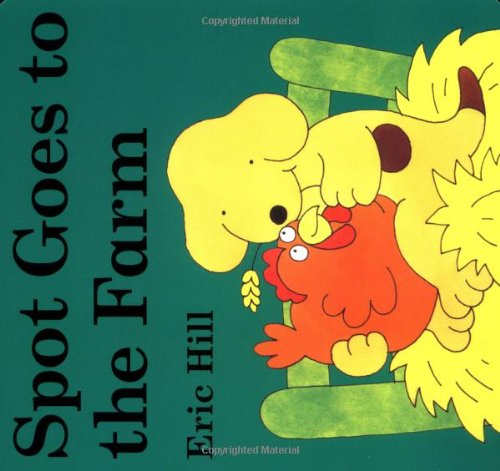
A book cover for Spot Goes to the Farm board book; Eric Hill; Children's Books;